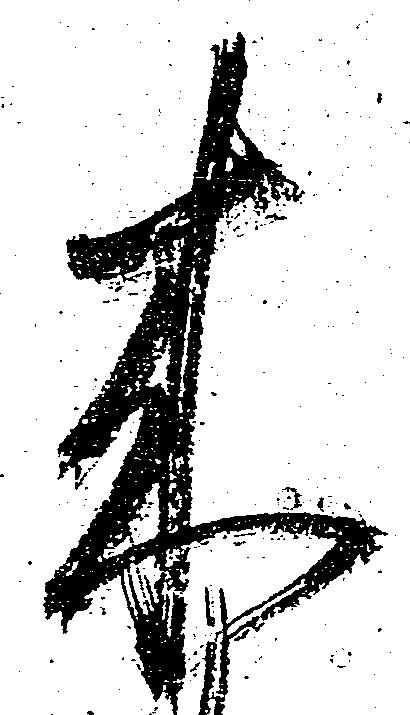
来